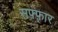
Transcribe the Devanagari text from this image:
सफ़्फ़ार